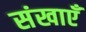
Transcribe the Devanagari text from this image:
संखाएँ